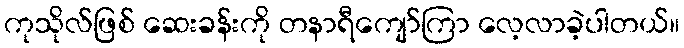
ကုသိုလ်ဖြစ် ဆေးခန်းကို တနာရီကျော်ကြာ လေ့လာခဲ့ပါတယ်။